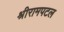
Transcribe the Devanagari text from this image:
श्रीरामपटल